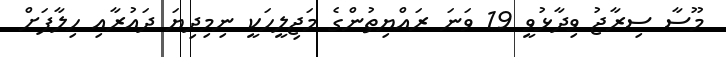
މޫސާ ސިރާޖު ވިދާޅުވީ 19 ވަނަ ރައްޔިތުންގެ މަޖިލީހަކީ ނިމިދިޔަ ދައުރާއި ހިލާފަށް